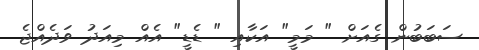
ސަބަބުން ގެއަށް " މަމީ" އަކާއި " ޑެޑީ" އެއް މިއަދު ވަދެއްޖެ